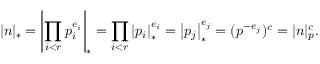
| n | _ { * } = \left| \prod _ { i < r } p _ { i } ^ { e _ { i } } \right| _ { * } = \prod _ { i < r } \left| p _ { i } \right| _ { * } ^ { e _ { i } } = \left| p _ { j } \right| _ { * } ^ { e _ { j } } = ( p ^ { - e _ { j } } ) ^ { c } = | n | _ { p } ^ { c } .